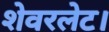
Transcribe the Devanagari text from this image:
शेवरलेट।